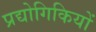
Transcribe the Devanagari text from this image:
प्रद्योगिकियों